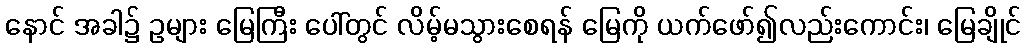
နောင် အခါ၌ ဥများ မြေကြီး ပေါ်တွင် လိမ့်မသွားစေရန် မြေကို ယက်ဖော်၍လည်းကောင်း၊ မြေချိုင်